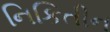
નિકિતીન